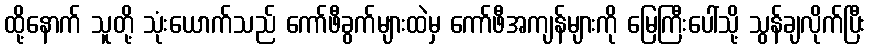
ထို့နောက် သူတို့ သုံးယောက်သည် ကော်ဖီခွက်များထဲမှ ကော်ဖီအကျန်များကို မြေကြီးပေါ်သို့ သွန်ချလိုက်ပြီး